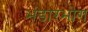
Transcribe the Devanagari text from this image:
भंडारभोग